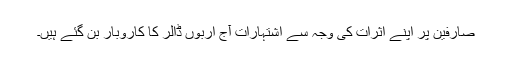
صارفین پر اپنے اثرات کی وجہ سے اشتہارات آج اربوں ڈالر کا کاروبار بن گئے ہیں۔